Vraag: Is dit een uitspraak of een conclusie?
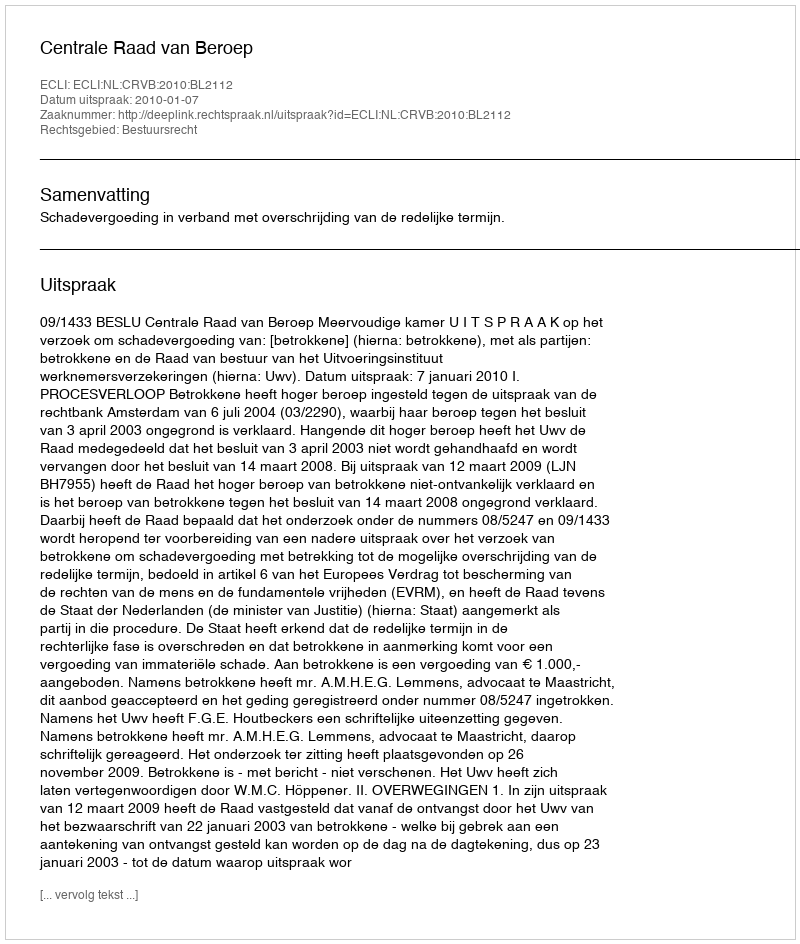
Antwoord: Uitspraak